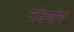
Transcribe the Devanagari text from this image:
मांडणीने